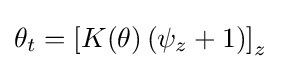
\displaystyle \theta _{t}=\left[K(\theta )\left(\psi _{z}+1\right)\right]_{z}